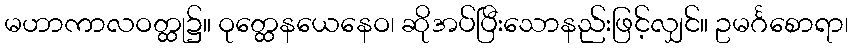
မဟာကာလဝတ္ထု၌။ ဝုတ္ထေနယေနေဝ၊ ဆိုအပ်ပြီးသောနည်းဖြင့်လျှင်။ ဥမင်္ဂစောရာ၊